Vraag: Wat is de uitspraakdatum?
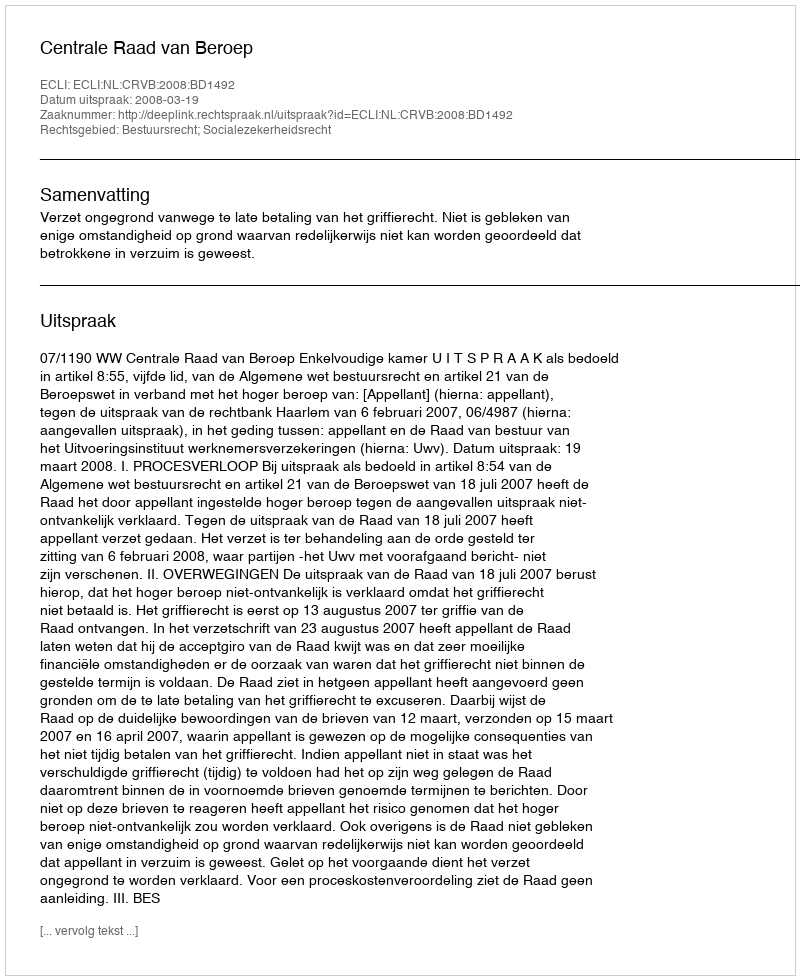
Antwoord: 2008-03-19